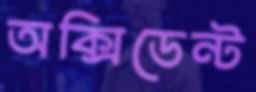
অক্সিডেন্ট